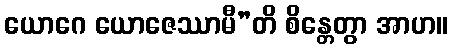
ယောဂေ ယောဇေဿာမီ”တိ စိန္တေတွာ အာဟ။